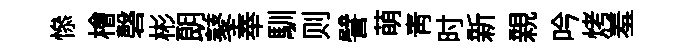
𢡖檜磬彬朗鼕奉馴则譬萌靑时新親吟烤羞